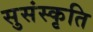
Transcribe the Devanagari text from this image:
सुसंस्कृति